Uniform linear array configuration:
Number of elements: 64
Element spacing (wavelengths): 1
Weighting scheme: kaiser
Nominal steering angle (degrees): -60
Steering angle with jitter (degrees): -61.162
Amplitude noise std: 0.05
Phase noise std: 0.05

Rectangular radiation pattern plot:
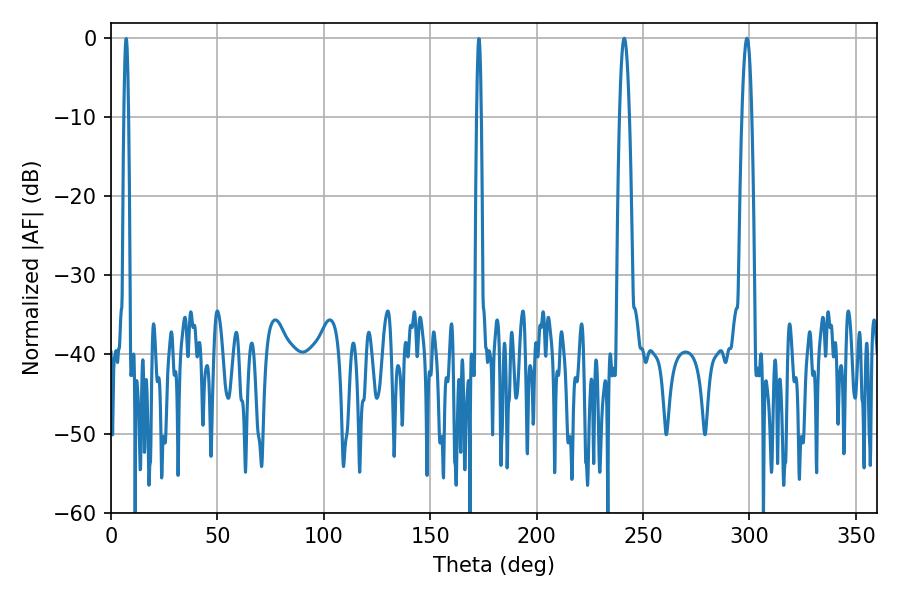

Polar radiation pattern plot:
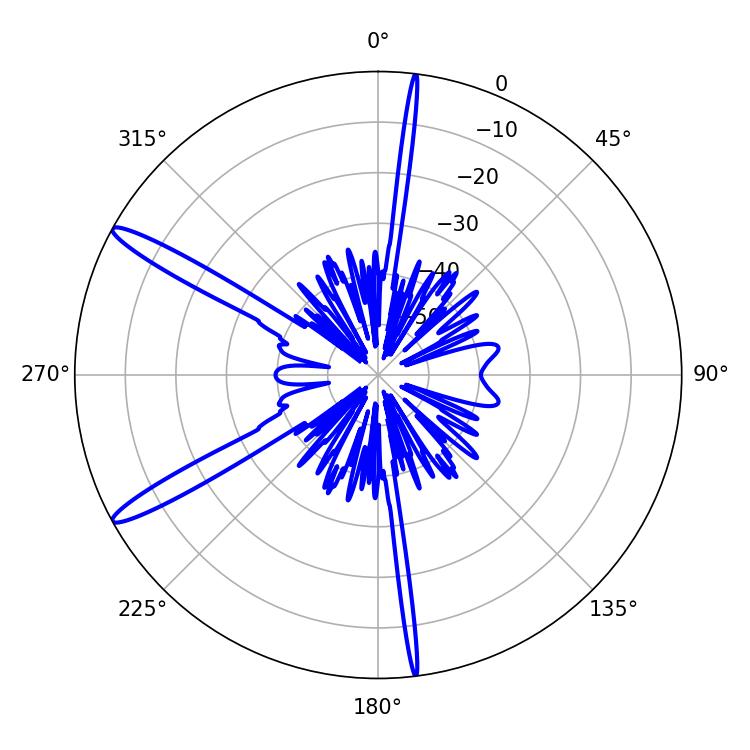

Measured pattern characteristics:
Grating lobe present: TRUE
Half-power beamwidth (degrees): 2.52
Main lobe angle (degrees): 298.8